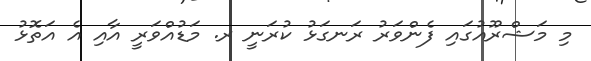
މި މަޝްރޫއުގައި ފެންވަރު ރަނގަޅު ކުރަނީ ރ. މަޑުއްވަރީ އާއި އެ އަތޮޅު